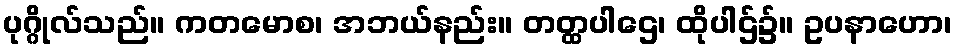
ပုဂ္ဂိုလ်သည်။ ကတမောစ၊ အဘယ်နည်း။ တတ္ထပါဌေ၊ ထိုပါဌ်၌။ ဥပနာဟော၊